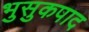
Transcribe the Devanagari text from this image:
भुसुकपाद